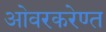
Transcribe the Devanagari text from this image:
ओवरकरेण्त